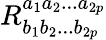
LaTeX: R_{b_{1}b_{2}...b_{2p}}^{a_{1}a_{2}...a_{2p}}